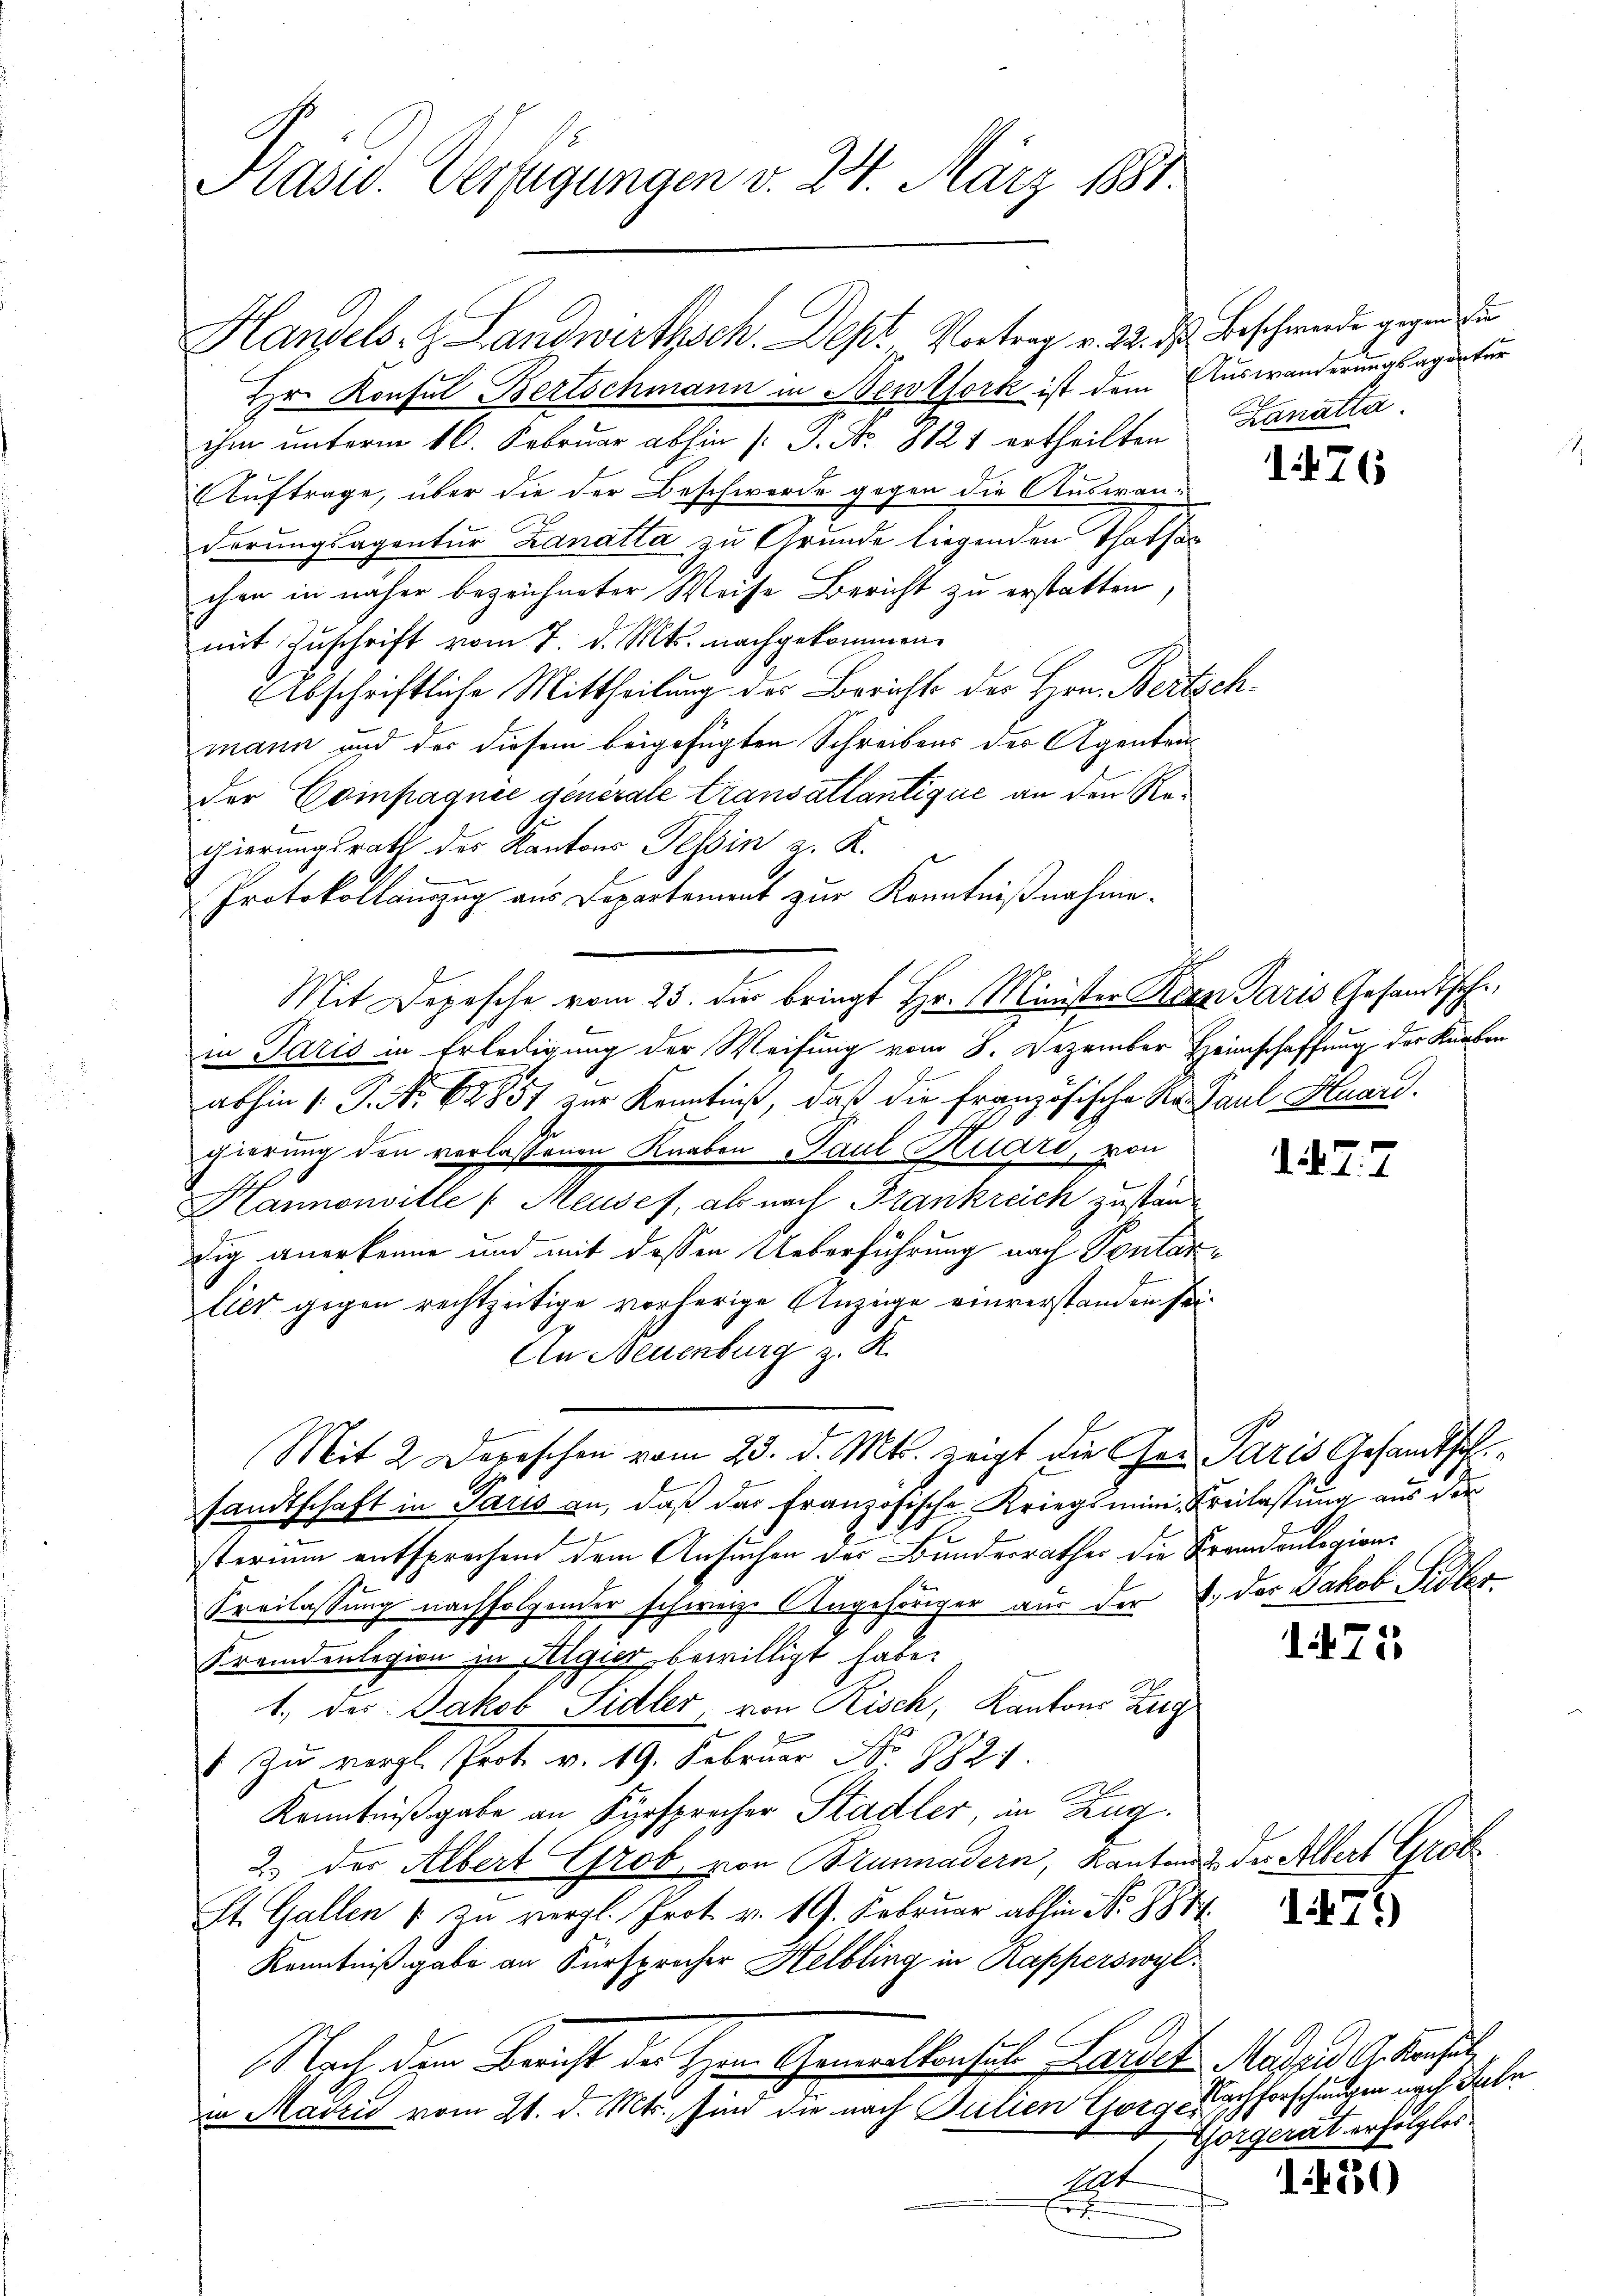
Präsid. Verfügungen v. 24. März 181.

Handels- & Landwirthsch. Dept, Vortrag v. 23. d. Beschwerde gegen die
Hr. Konsul Bertschmann in Newtfork ist dem Auswanderungsagentur
ihm unterm 16. Februar abhin (: P. Nr. 8121 ertheilten Kanatta
Auftrage, über die der Beschwerde gegen die Auswanderungsagentur Zanatta zu Grunde liegenden Thatsanchen in näher bezeichneter Weise Bericht zu erstatten,
mit Zuschrift vom 7. d. Mts. nachgekommen.
Abschriftliche Mittheilung des Berichts des Hrn. Bertschmann und der diesem beigefügten Schreibens der Agenten
der Compagnie generale transatlantique an den Regierungsrath des Kantons Tessin z. R.
Protokollauszug aus Departement zur Kenntnißnahme.
Mit Depesche vom 23. die bringt Hr. Minister Rean Paris Gesandtsche
in Paris in Erledigung der Weisung vom 8. Dezember Heimschaffung der Knaben
abhin 1. P. Nr. 61857 zur Kenntniß, daß die französische Ro Paul Huard.
gierung den verlassenen Knaben Paul Kuari, von
Hannonville (Meuses, als nach Frankreich zuständig anerkenne und mit dessen Ueberführung nach Pontarlier gegen rechtzeitige vorherige Anzeige einverstanden sei¬
An Neuenburg z. R.
Mit 2 Depeschen vom 23. d. Mts. zeigt die Herr Paris Gesandtsch
sandtschaft in Paris an, daß das französische Kriegsmini, Freilassung aus der
sterium entsprochen dem Ansuchen des Bundesrathes die Fremdenlegion¬
Freilassung nachfolgender schwarze Angehöriger aus der E. der Jakob Sidler-
Fremdenlegion in Algier bewilligt habe.
1. des Jakob Sidler, von Risch, Kantons Zieg
1 zu vergl. Prot. v. 19. Februar No. 1824.
Kenntnißgabe an Fürsprocher Stadler, in Zug.
2.) der Albert Grob, von Brunnadern, Kantons der Albert Grot
St. Gallen 1 zu vergl. Prot. v. 19. Februar abhin Nr. 884.
Kenntnißgabe an Fürsprecher Helbling in Kapperswyl,
Nach dem Bericht der Herrn Gemachtensich Landes Meden Adersel
in Mairi vom 21. d. Mts., sind die nach Julien Gorger
Act

176

1477

1475

171)

Nachforschungen nach Saln
Gorgerat erfolgter

1830